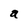
Character: a